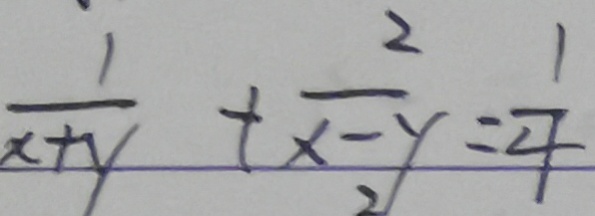
\frac { 1 } { x + y } + \frac { 2 } { x - y } = \frac { 1 } { 4 }